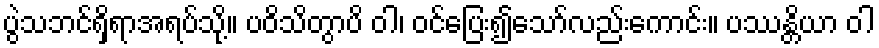
ပွဲသဘင်ရှိရာအရပ်သို့။ ပဝိသိတွာပိ ဝါ၊ ဝင်ပြေး၍သော်လည်းကောင်း။ ပဿန္တိယာ ဝါ